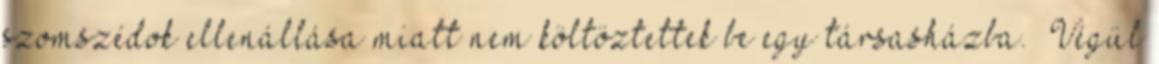
szomszédok ellenállása miatt nem költöztettek be egy társasházba. “Végül